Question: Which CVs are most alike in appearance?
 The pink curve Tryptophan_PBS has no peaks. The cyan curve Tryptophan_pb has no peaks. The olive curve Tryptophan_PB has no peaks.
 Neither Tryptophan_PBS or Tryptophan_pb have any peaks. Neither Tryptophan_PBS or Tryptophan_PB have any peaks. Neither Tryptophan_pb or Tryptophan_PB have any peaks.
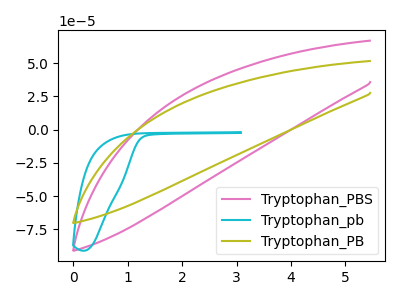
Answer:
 <answer>"Tryptophan_PBS", "Tryptophan_pb" and "Tryptophan_PB" have the same shape and are likely CV's of the same chemical.</answer>
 <eval>"Tryptophan_PBS" "Tryptophan_pb" "Tryptophan_PB"</eval>